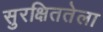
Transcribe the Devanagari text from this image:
सुरक्षिततेला